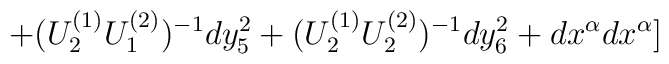
+(U_2^{(1)}U_1^{(2)})^{-1}dy_5^2+(U_2^{(1)}U_2^{(2)})^{-1}dy_6^2+dx^{\alpha}dx^{\alpha}]